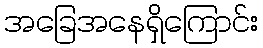
အခြေအနေရှိကြောင်း